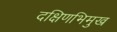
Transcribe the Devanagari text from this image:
दक्षिणभिमुख